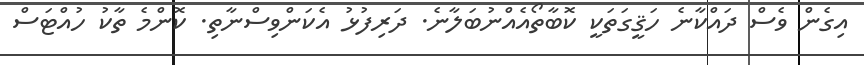
އިގެން ވެސް ދައްކާނެ ހަޤީގަތަކީ ކޮބާތޯއެއްނުބަލާނެ. ދަރިފުޅު އެކަންވިސްނާތި. ކޮންމެ ތާކު ހުއްޓަސް